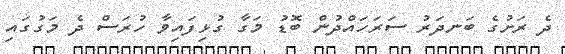
ދެ ރަށުގެ ބަނދަރު ސަރަހައްދުން ބޮޑު މަގާ ގުޅިފައިވާ ހުރަސް ދެ މަގުގައި